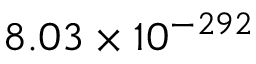
8 . 0 3 \times 1 0 ^ { - 2 9 2 }